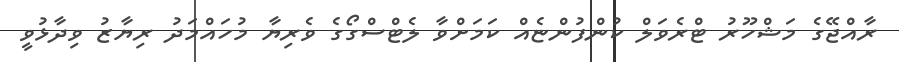
ރާއްޖޭގެ މަޝްހޫރު ޓްރެވަލް ކުންފުންޏެއް ކަމަށްވާ ލެޓްސްގޯގެ ވެރިޔާ މުހައްމަދު ރިޔާޒު ވިދާޅުވީ